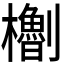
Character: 𪴝